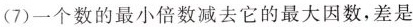
(7)一个数的最小倍数减去它的最大因数，差是